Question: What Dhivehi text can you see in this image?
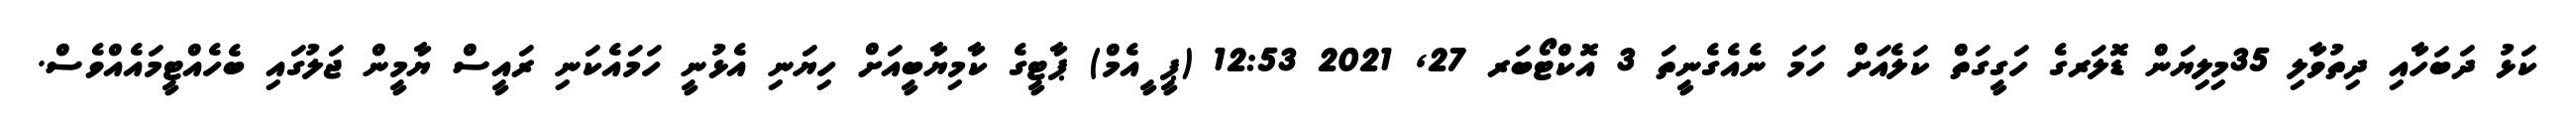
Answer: ކަޅު ދަބަހާއި ދިތުވާލި 35މިލިޔަން ޑޮލަރގެ ހަގީގަތް ކަލެއަށް ހަމަ ނެއެގެނީތަ 3 އޮކްޓޯބަރ 27, 2021 12:53 (ޕީ ީއެމް) ޕާޓީގެ ކާމިޔާބީއަށް ހިޔަނި އެޅުނީ ހަމައެކަނި ރައީސް ޔާމީން ޖަލުގައި ބެހެއްޓީމައެއްވެސް.